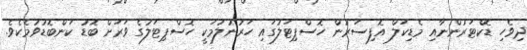
ދިވެހި ޑޮކްޓަރުންނާއި މެޑިކަލް އޮފިސަރުން ހޮސްޕިޓަލުގައި ހަރުނުލުމަކީ ހޮސްޕިޓަލުގެ ވަރަށް ބޮޑު ކަންބޮޑުވުމެކެވެ.